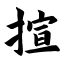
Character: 揎